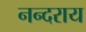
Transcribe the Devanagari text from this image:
नन्दराय